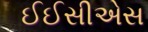
ઈઈસીએસ